Vaccination in Burma 1920-1933 - 1920-1933
Year: 1920
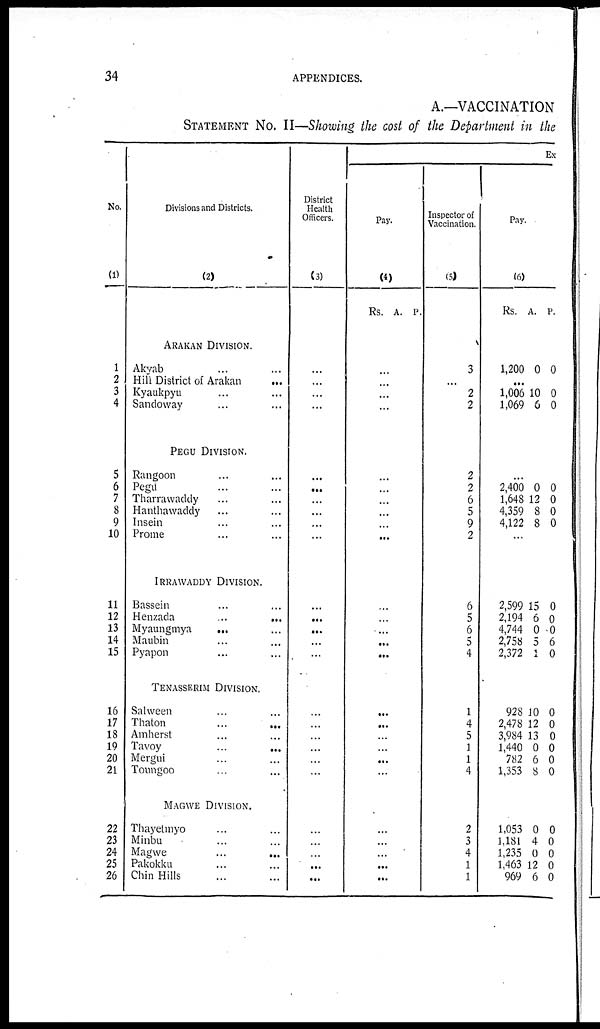
34
APPENDICES.
A.—VACCINATION
STATEMENT NO. II—Showing the cost of the Department in the
No.
(1)
1
2
3
4
5
6
7
8
9
10
11
12
13
14
15
16
17
18
19
20
21
22
23
24
25
26
Divisions and Districts.
(2)
ARAKAN DIVISION.
Akyab ... ...
Hill District of Arakan ...
Kyaukpyu ... ...
Sandoway ... ...
PEGU DIVISION.
Rangoon ... ...
Pegu ... ...
Tharrawaddy ... ...
Hanthawaddy ... ...
Insein ... ...
Prome ... ...
IRRAWADDY DIVISION.
Bassein ... ...
Henzada
...
...
Myaungmya ... ...
Maubin ... ...
Pyapon ... ...
TENASSERIM DIVISION.
Salween ... ...
Thaton
...
...
Amherst ... ...
Tavoy ... ...
Mergui ... ...
Toungoo ... ...
MAGWE DIVISION.
Thayetmyo ... ...
Minbu ... ...
Magwe
...
...
Pakokku ... ...
Chin Hills ... ...
District
Health
Officers.
(3)
...
...
...
...
...
...
...
...
...
...
...
...
...
...
...
...
...
...
...
...
...
...
...
...
...
...
Ex
Pay.
(4)
Rs. A. P.
...
...
...
...
...
...
...
...
...
...
...
...
...
...
...
...
...
...
...
...
...
...
...
...
...
...
Inspector of
Vaccination.
(5)
3
...
2
2
2
2
6
5
9
2
6
5
6
5
4
1
4
5
1
1
4
2
3
4
1
1
Pay.
(6)
Rs. A. P.
1,200 0 0
...
1,006
1,069
10
6
0
0
...
2,400
1,648
4,359
4,122
0
12
8
8
0
0
0
0
...
2,599
2,194
4,744
2,758
2,372
15
6
0
5
1
0
0
0
6
0
928
2,478
3,984
1,440
782
1,353
10
12
13
0
6
8
0
0
0
0
0
0
1,053
1,181
1,235
1,463
969
0
4
0
12
6
0
0
0
0
0